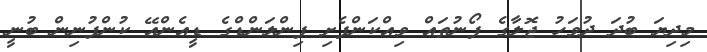
މިދިޔަ ބުދަ ދުވަހު ޖޮލާގެ ފޯނުތައް ވިއްކަންފެށި ފިންލަންޑްގެ ޑީއެންއޭ ކުންފުނިން ބުނީ